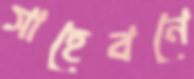
সাহেবনে